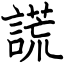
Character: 謊